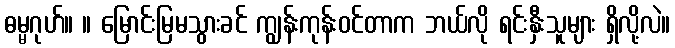
ဓမ္မဂုဟ်။ ။ မြောင်းမြမသွားခင် ကျွန်းကုန်းဝင်တာက ဘယ်လို ရင်းနှီးသူများ ရှိလို့လဲ။